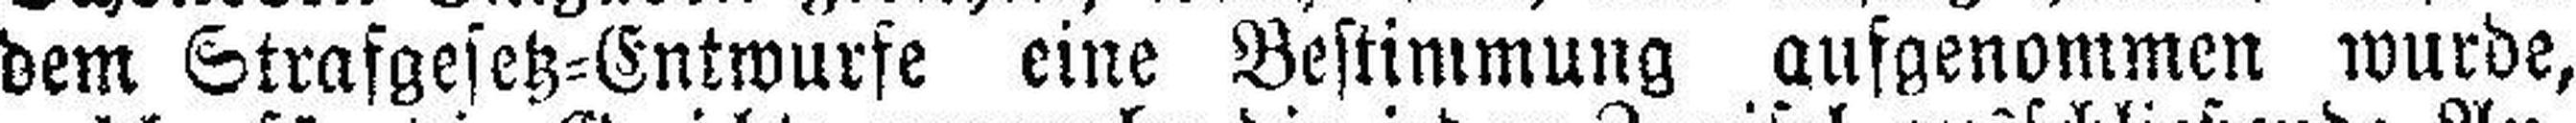
dem Strafgesetz=Entwurfe eine Bestimmung ausgenommen wurde,